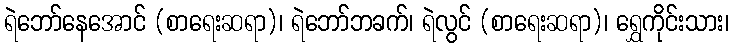
ရဲဘော်နေအောင် (စာရေးဆရာ)၊ ရဲဘော်ဘခက်၊ ရဲလွင် (စာရေးဆရာ)၊ ရွှေကိုင်းသား၊